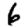
Digit: 6